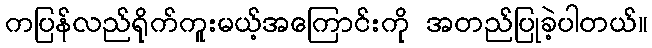
ကပြန်လည်ရိုက်ကူးမယ့်အကြောင်းကို အတည်ပြုခဲ့ပါတယ်။